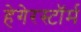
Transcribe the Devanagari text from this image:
हेगेरस्टॉर्म